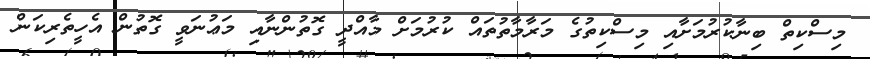
މިސްކިތް ބިނާކުރުމަށާއި މިސްކިތުގެ މަރާމާތުތައް ކުރުމަށް މާއްދީ ގޮތުންނާއި މަޢުނަވީ ގޮތުން އެހީތެރިކަން